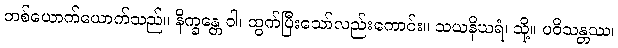
တစ်ယောက်ယောက်သည်။ နိက္ခန္တေ ဝါ၊ ထွက်ပြီးသော်လည်းကောင်း။ သယနိဃရံ၊ သို့။ ပဝိသန္တဿ၊